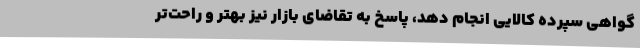
گواهی سپرده کالایی انجام دهد، پاسخ به تقاضای بازار نیز بهتر و راحت‌تر